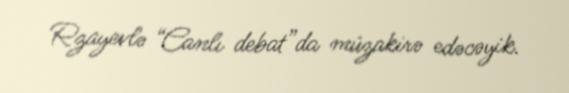
Rzayevlə “Canlı debat”da müzakirə edəcəyik.